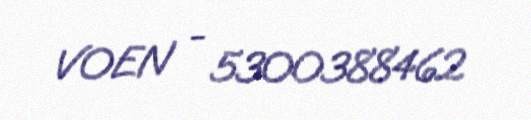
VOEN - 5300388462